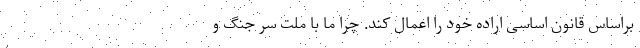
براساس قانون اساسی اراده خود را اعمال کند. چرا ما با ملت سر جنگ و